Indian journal of veterinary science and animal husbandry - Volume 4,
Year: 1934
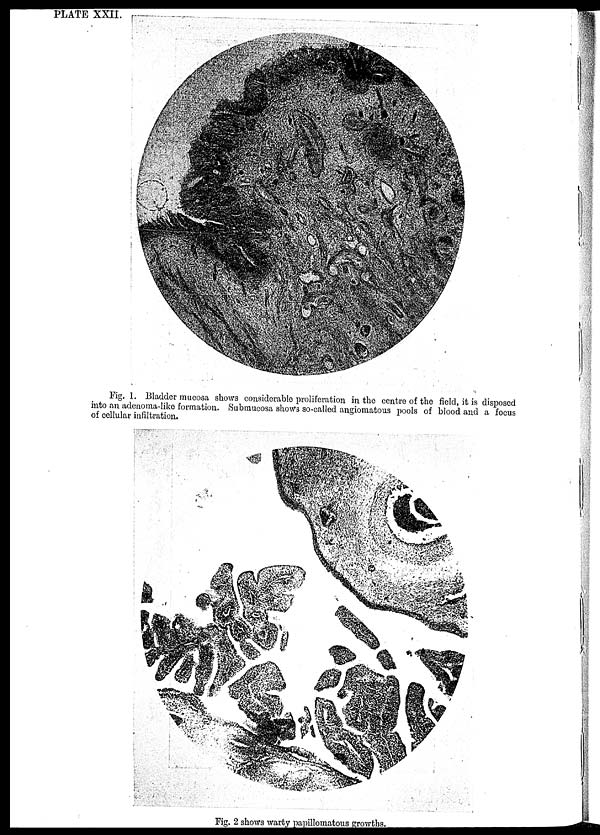
PLATE XXII.
Fig. 1. Bladder mucosa shows considerable proliferation in the centre of the field, it is disposed
into an adenoma-like formation. Submucosa shows so-called angiomatous pools of blood and a focus
of cellular infiltration.
Fig. 2 shows warty papillomatous growths.